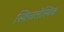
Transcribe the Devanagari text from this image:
स्विजलेस्थिक